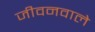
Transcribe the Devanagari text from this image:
जीवनवाले